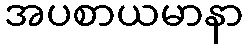
အပစာယမာနာ